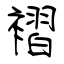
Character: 褶